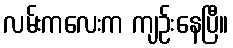
လမ်းကလေးက ကျဉ်းနေပြီ။